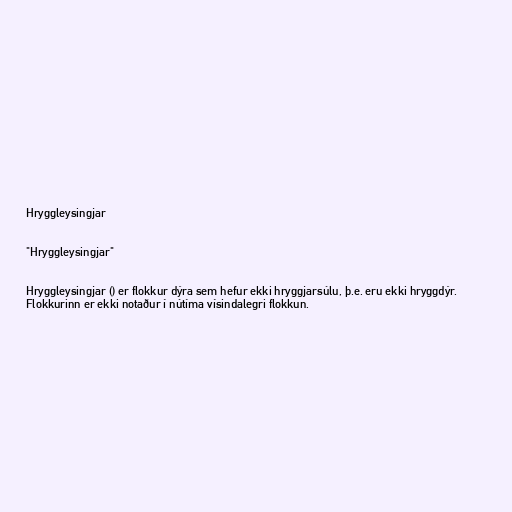
Hryggleysingjar

"Hryggleysingjar"

Hryggleysingjar () er flokkur dýra sem hefur ekki hryggjarsúlu, þ.e. eru ekki hryggdýr.
Flokkurinn er ekki notaður í nútíma vísindalegri flokkun.